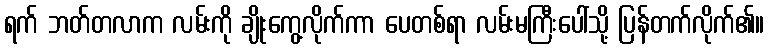
ရက် ဘတ်တလာက လမ်းကို ချိုးကွေ့လိုက်ကာ ပေတစ်ရာ လမ်းမကြီးပေါ်သို့ ပြန်တက်လိုက်၏။